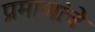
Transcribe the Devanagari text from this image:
प्रमाणांचे